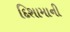
દિશામાની